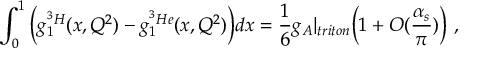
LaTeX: \int _ { 0 } ^ { 1 } \Big ( g _ { 1 } ^ { ^ 3 H } ( x , Q ^ { 2 } ) - g _ { 1 } ^ { ^ 3 H e } ( x , Q ^ { 2 } ) \Big ) d x = \frac { 1 } { 6 } g _ { A } | _ { t r i t o n } \Big ( 1 + O ( \frac { \alpha _ { s } } { \pi } ) \Big ) \ ,